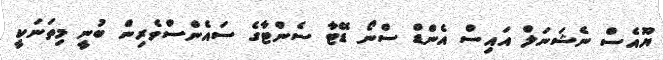
ޔޫއެސް ނެޝަނަލް އައިސް އެންޑް ސްނޯ ޑޭޓާ ސެންޓާގެ ސައެންސްވެރިން ބުނީ މިތަނަކީ